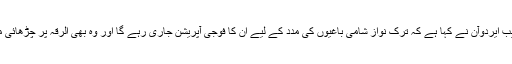
ترک صدر رجب طیب ایردوآن نے کہا ہے کہ ترک نواز شامی باغیوں کی مدد کے لیے اُن کا فوجی آپریشن جاری رہے گا اور وہ بھی الرقہ پر چڑھائی میں شریک ہوں گے۔